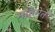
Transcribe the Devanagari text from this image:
महिमेतें